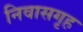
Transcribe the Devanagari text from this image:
निवासगृह